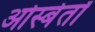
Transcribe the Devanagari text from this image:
ओस्बेर्तों